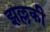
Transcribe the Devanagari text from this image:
झल्लकी